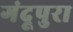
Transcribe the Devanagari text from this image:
गंदूपुरा